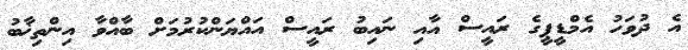
އެ ދުވަހު އެމްޑީޕީގެ ރައީސް އާއި ނައިބު ރައީސް އައްޔަންކުރުމަށް ބާއްވާ އިންތިޚާބު